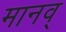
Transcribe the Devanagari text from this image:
मानव्